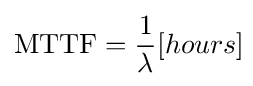
{\text{MTTF}}={\frac {1}{\lambda }}[hours]\!